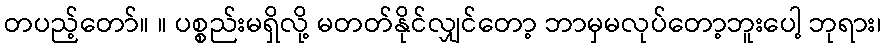
တပည့်တော်။ ။ ပစ္စည်းမရှိလို့ မတတ်နိုင်လျှင်တော့ ဘာမှမလုပ်တော့ဘူးပေါ့ ဘုရား၊